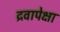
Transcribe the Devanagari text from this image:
द्रवापेक्षा